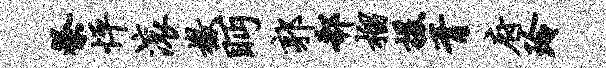
祭怦滚檄眄郭欷榴援胥府玲